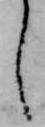
し